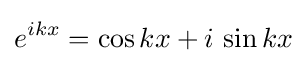
e^{ikx}=\cos kx+i\,\sin kx